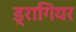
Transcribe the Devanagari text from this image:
ड्रागियर